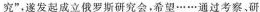
究”.隧发起成立俄罗斯研究会，希望……通过考察、研